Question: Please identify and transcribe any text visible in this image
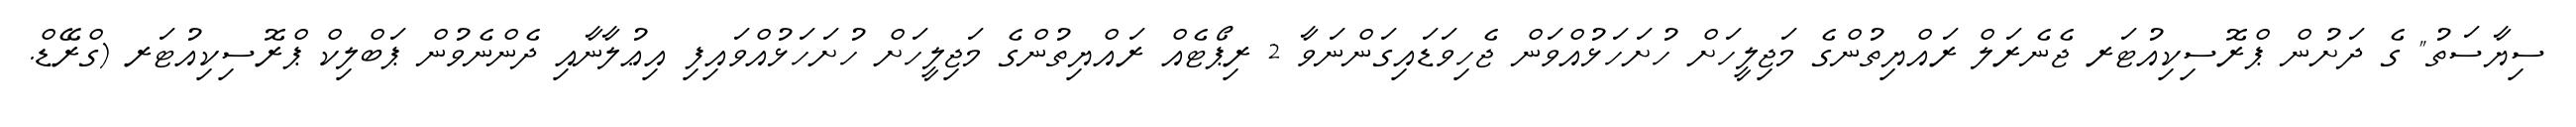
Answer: ސިޔާސަތު" ގެ ދަށުން ޕްރޮސިކިއުޓަރ ޖެނެރަލް ރައްޔިތުންގެ މަޖިލީހަށް ހުށަހަޅުއްވަން ޖެހިވަޑައިގަންނަވާ 2 ރިޕޯޓެއް ރައްޔިތުންގެ މަޖިލީހަށް ހުށަހަޅުއްވައިފި އިޢުލާނާއި ދެންނެވުން ޕަބްލިކް ޕްރޮސިކިއުޓަރ (ގްރޭޑް.